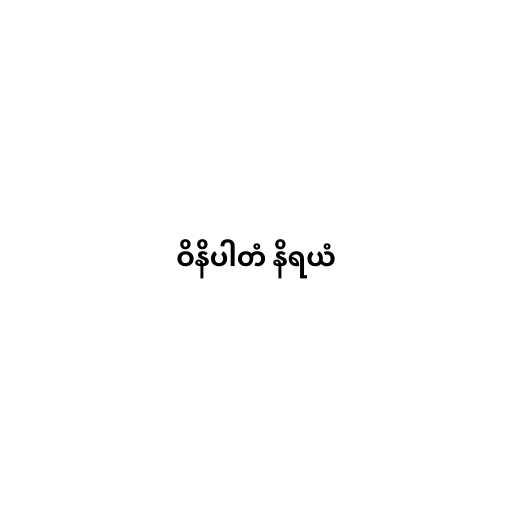
ဝိနိပါတံ နိရယံ